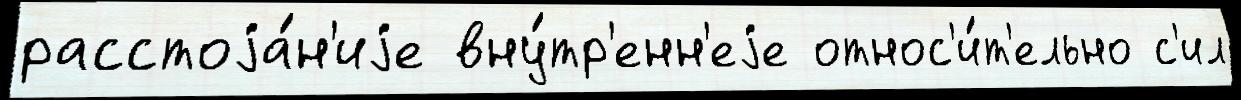
расстоjа́н'иjе вну́тр'енн'еjе относ'и́т'ельно с'ил